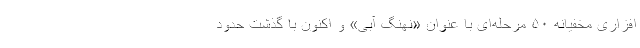
افزاری مخفیانه ۵۰ مرحله‌ای با عنوان «نهنگ آبی» و اکنون با گذشت حدود